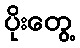
ပိုးတွေ့